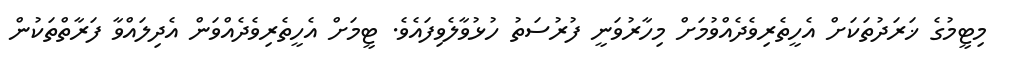
މިޓީމުގެ ޚަރަދުތަކަށް އެހީތެރިވެދެއްވުމަށް މިހާރުވަނީ ފުރުސަތު ހުޅުވާލެވިފައެވެ. ޓީމަށް އެހީތެރިވެދެއްވަން އެދިލައްވާ ފަރާތްތަކުން